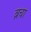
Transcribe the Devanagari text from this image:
ब्रचा